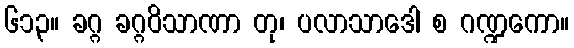
၆၁၃။ ခဂ္ဂ ခဂ္ဂဝိသာဏာ တု၊ ပလာသာဒေါ စ ဂဏ္ဍကော။